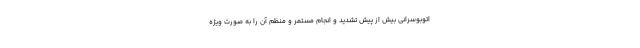
اتوبوسرانی بیش از پیش تشدید و انجام مستمر و منظم آن را به صورت ویژه